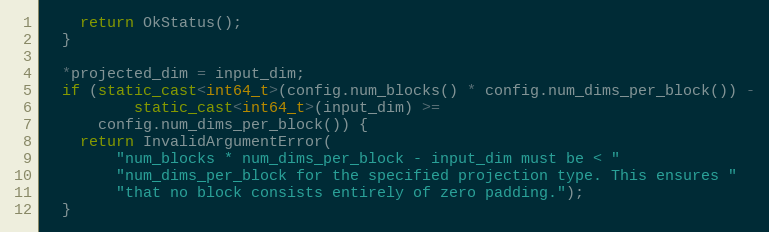
Language: C++
    return OkStatus();
  }

  *projected_dim = input_dim;
  if (static_cast<int64_t>(config.num_blocks() * config.num_dims_per_block()) -
          static_cast<int64_t>(input_dim) >=
      config.num_dims_per_block()) {
    return InvalidArgumentError(
        "num_blocks * num_dims_per_block - input_dim must be < "
        "num_dims_per_block for the specified projection type. This ensures "
        "that no block consists entirely of zero padding.");
  }